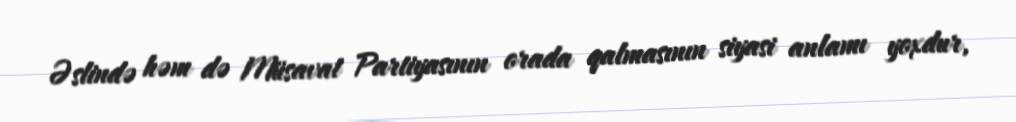
Əslində həm də Müsavat Partiyasının orada qalmasının siyasi anlamı yoxdur,